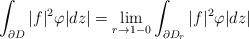
LaTeX: \begin{align*}\int_{\partial D}|f|^2\varphi|dz|=\lim_{r\rightarrow1-0}\int_{\partial D_r}|f|^2\varphi|dz|\end{align*}